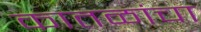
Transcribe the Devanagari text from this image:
कातळांचा